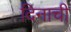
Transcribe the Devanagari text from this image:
दिनाची